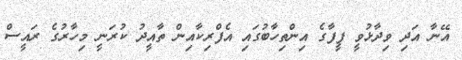
އޭނާ އަދި ވިދާޅުވީ ފީފާގެ އިންތިހާބުގައި އެފްރިކާއިން ތާއީދު ކުރަނީ މިހާރުގެ ރައީސް